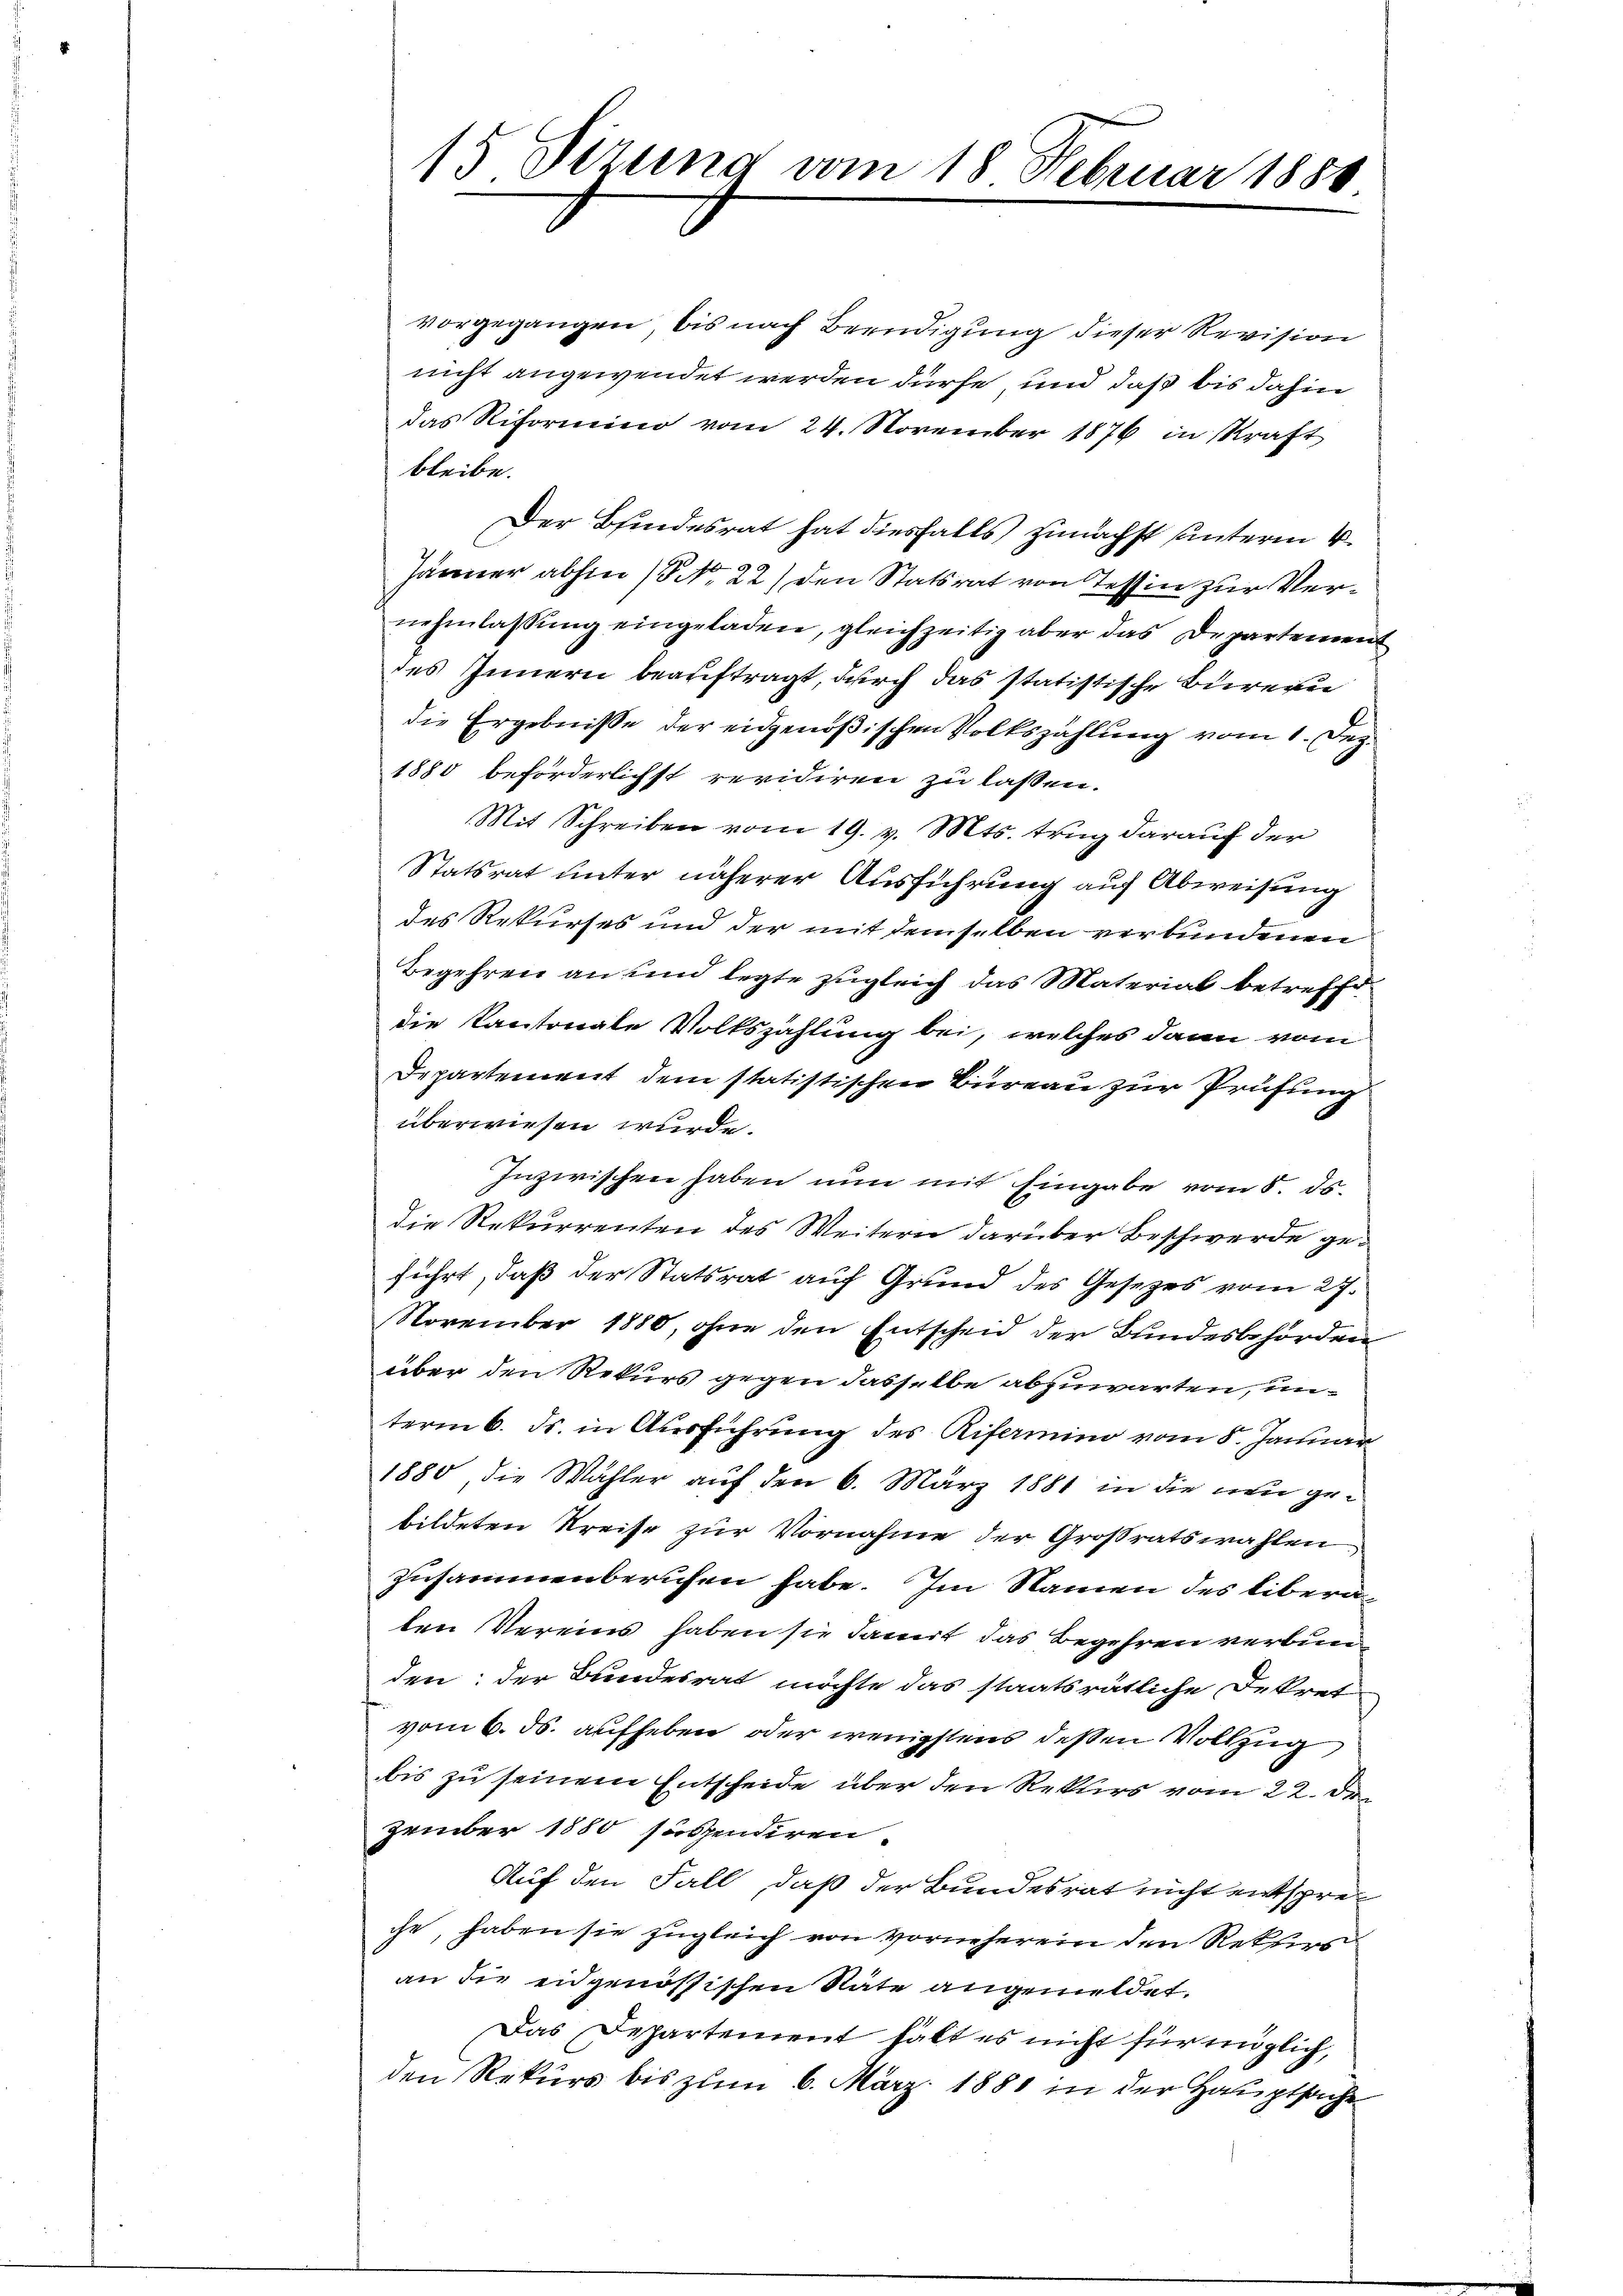
vorgegangen, bis nach Beendigung dieser Revision
nicht angewendet werden dürfe und daß bis dahin
das Riformino vom 24. November 1876 in Kraft
bleibe.
Der Bindesrat hat diesfalls zunächst unterm 4.
Jänner abhin (NNo. 22) den Statsrat von Tessin zur Vernehmlassung eingeladen, gleichzeitig aber das Departement
des Innern beauftragt, durch das statistische Bureau
die Ergebnisse der eidgenößischen Volkszählung vom 1. Dez.
1880 beförderlichst revidiren zu lassen.
Mit Schreiben vom 19. v. Mts. trug darauf der
Statsrat unter näherer Ausführung auf Abweisung
des Rekurses und der mit demselben verbundenen
Begehren an und legte zugleich das Material betreffedie Kantonale Volkszählung bei, welches dann vom
Departement dem statistischen Bureau zur Prüfung
überwiesen wurde.
Inzwischen haben nun mit Eingabe vom 8. ds.
die Rekurrenten des Weitern darüber Beschwerde geführt, daß der Statsrat auf Grund des Gesetzes vom 27.
November 1880, ohne den Entscheid der Bundesbehörden
über den Rekurs gegen dasselbe abzuwarten, unterm 6. ds. in Ausführung des Rifermino vom 8. Januar
1880, die Wähler auf den 6. März 1881 in die um gebildeten Kreise zur Vornahme der Großratswahlen
zusammenberufen habe. Im Namen des libera
ten Vereins haben sie damit das Begehren verbun
den; der Bundesrat möchte das staatsrätliche Dekret
vom 6. ds. aufheben, oder wenigstens deßen Vollzug
bis zu seinem Entscheide über den Rekurs vom 22. De
zember 1880 suspendiren.
Auf den Fall, daß der Bundesrat nicht entspreche, haben sie zugleich von vorneherein den Rekurs
an die eidgenössischen Räte angemeldet.
Das Departement hält es nicht für möglich,
den Rekurs bis zum 6. März 1881 in der Hauptsache

15 Sizung vom 18 Februar 1880